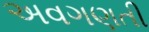
અવગણતી